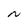
Character: N